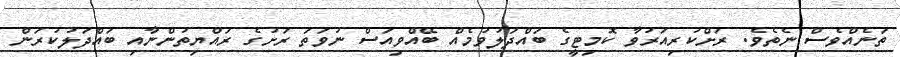
ތަނެއްވެސް ނެތެވެ. ރަށްކުރިއަރުވާ ކޮމިޓީގެ ބައްދަލުވުމެއް ބޭއްވިއަސް ނުވަތަ ރަށުގެ ރައްޔިތުންނާއި ބައްދަލުކުރަން